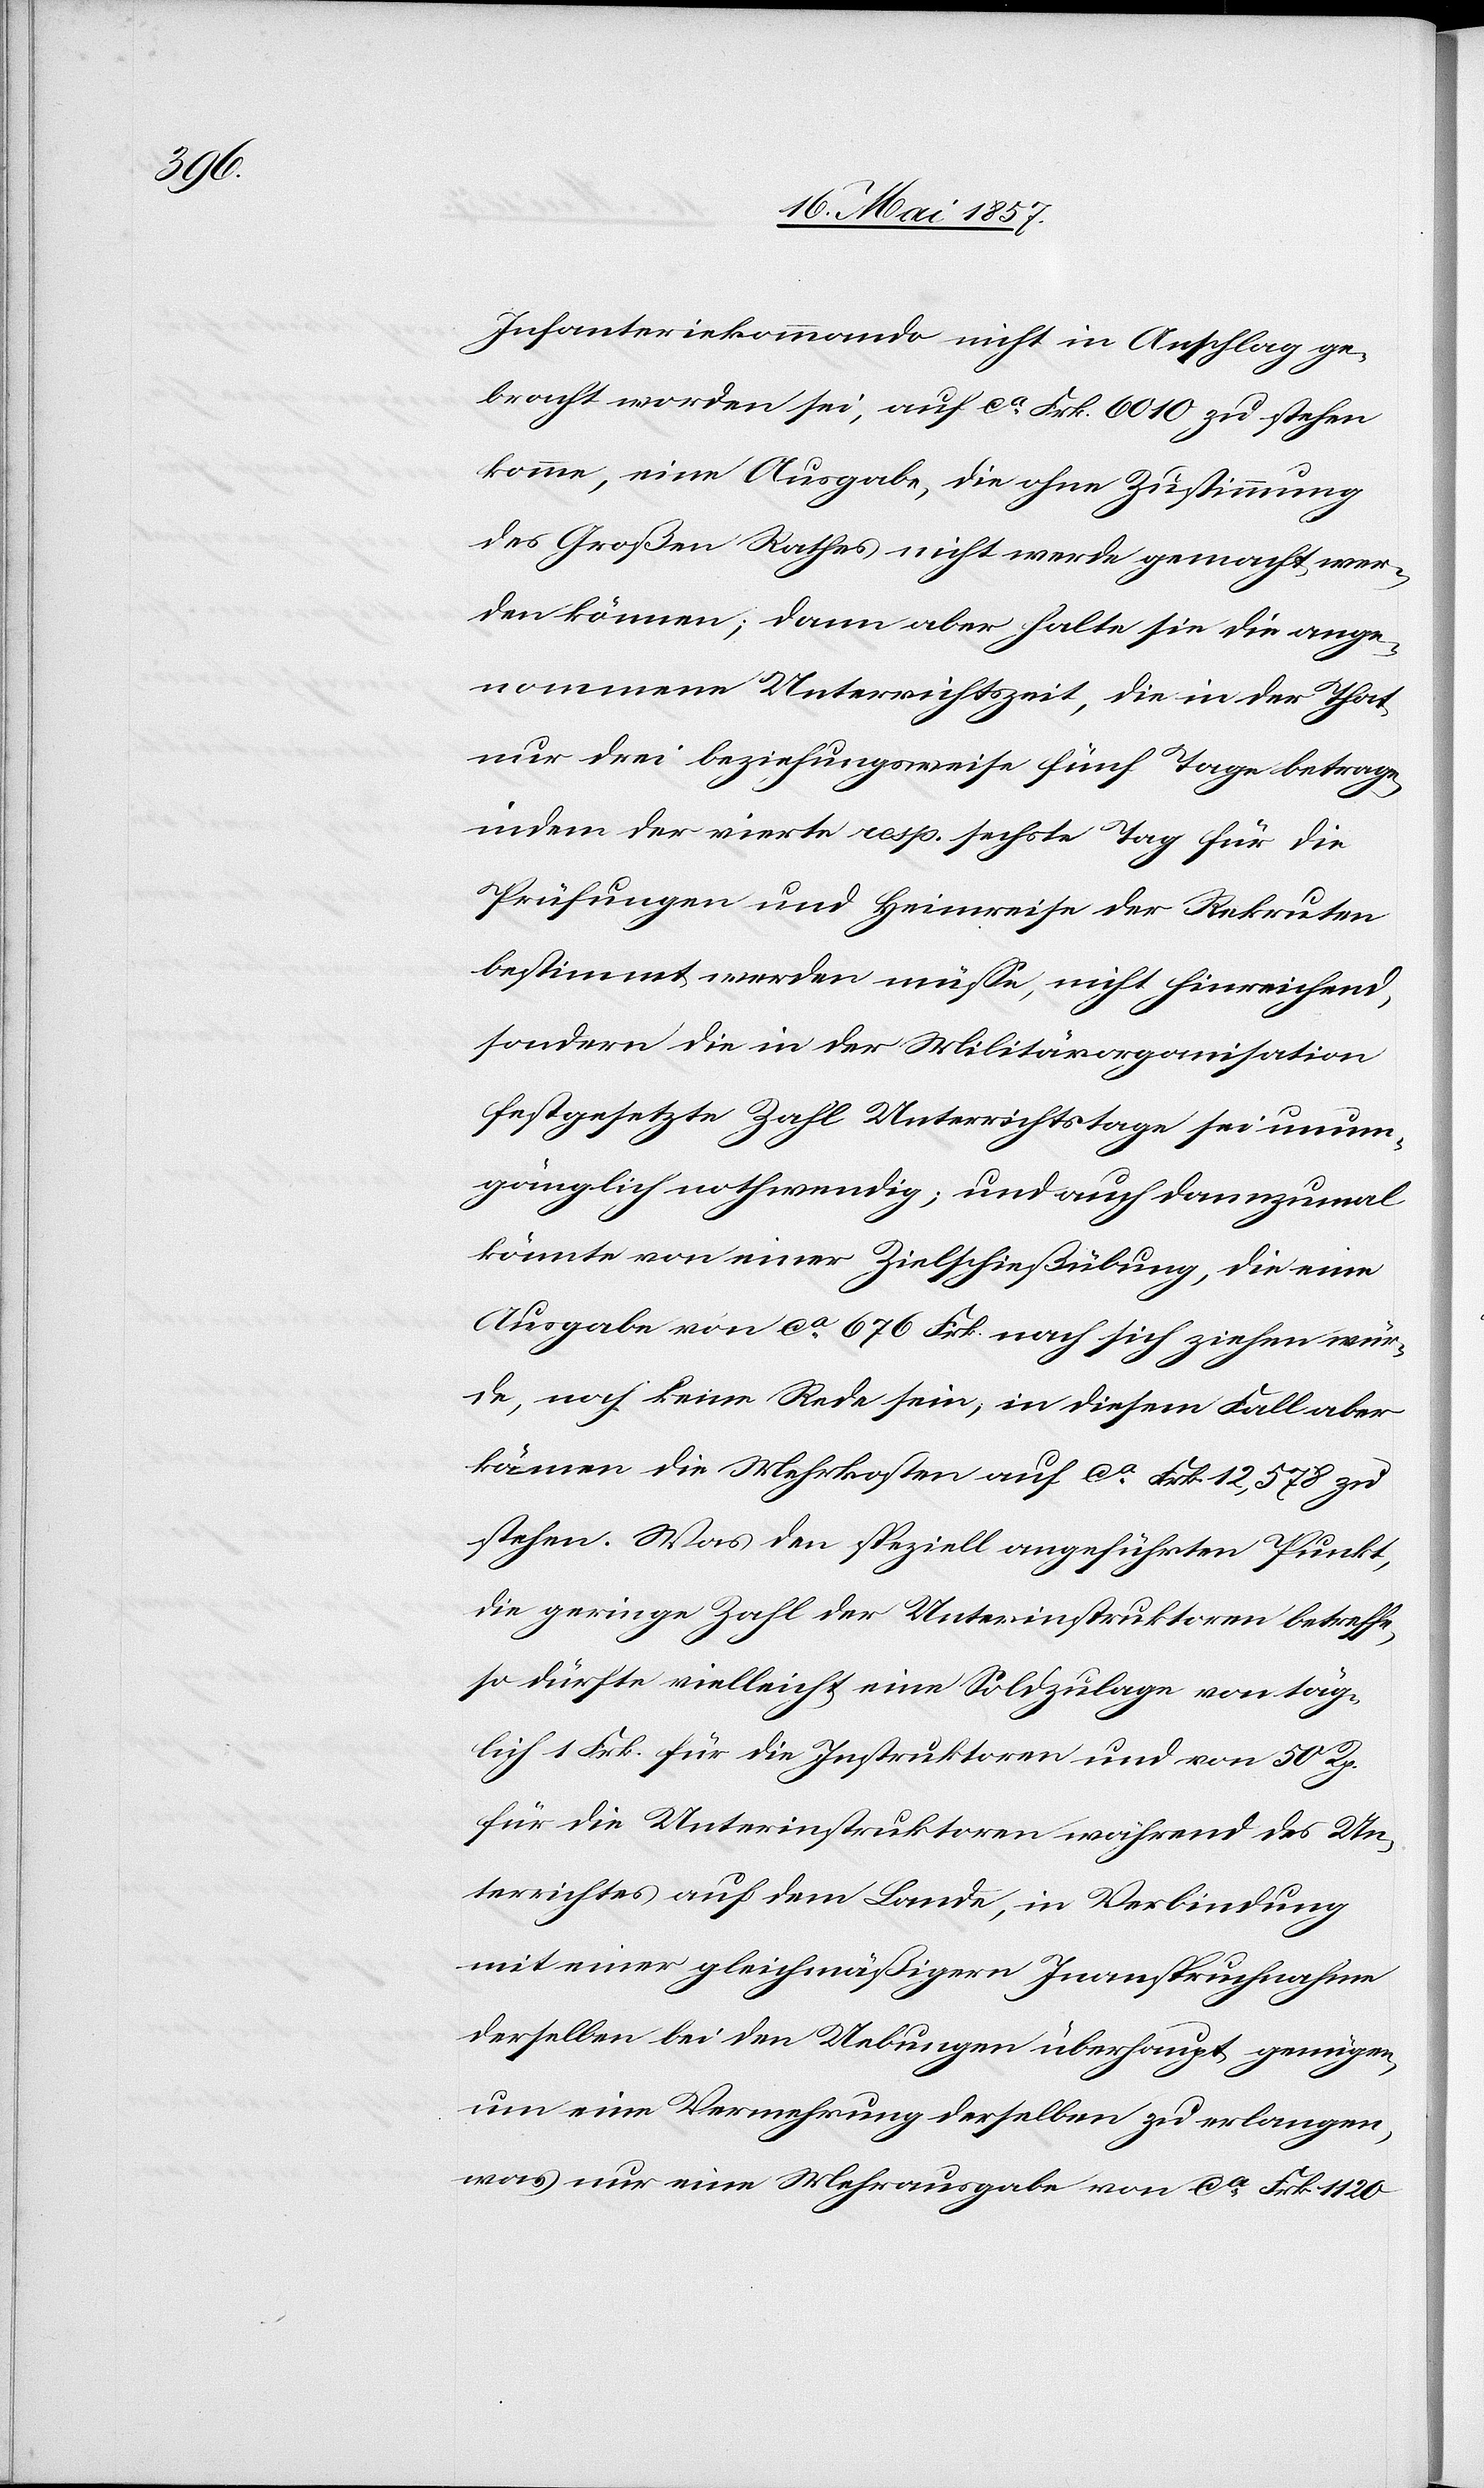
Infanteriekommando nicht in Anschlag ge¬
bracht worden sei, auf ca Frk. 6010 zu stehen
komme, eine Ausgabe, die ohne Zustimmung
des Großen Rathes nicht werde gemacht wer¬
den können; dann aber halte sie die ange¬
nommene Unterrichtszeit, die in der That
nur drei beziehungsweise fünf Tage betragen
indem der vierte resp. sechste Tag für die
Prüfungen und Heimreise der Rekruten
bestimmt werden müsse, nicht hinreichend,
sondern die in der Militärorganisation
festgesetzte Zahl Unterrichtstage sei unum¬
gänglich nothwendig; und auch dannzumal
könnte von einer Zielschießübung, die eine
Ausgabe von ca 676 Frk. nach sich ziehen wür¬
de, noch keine Rede sein, in diesem Fall aber
kämen die Mehrkosten auf ca Frk. 12,578 zu¬
stehen. Was den speziell angeführten Punkt,
die geringe Zahl der Unterinstruktoren betreffe,
so dürfte vielleicht eine Soldzulage von täg¬
lich 1 Frk. für die Instruktoren und von 50 Rp.
für die Unterinstruktoren während des Un¬
terrichtes auf dem Lande, in Verbindung
mit einer gleichmäßigern Inanspruchnahme
derselben bei den Uebungen überhaupt genügen,
um eine Vermehrung derselben zu erlangen,
was nur eine Mehrausgabe von ca Frk. 1120